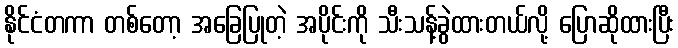
နိုင်ငံတကာ တစ်တော့ အခြေပြုတဲ့ အပိုင်းကို သီးသန့်ခွဲထားတယ်လို့ ပြောဆိုထားပြီး